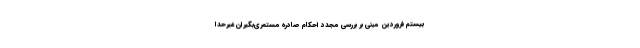
بیستم فروردین مبنی بر بررسی مجدد احکام صادره مستمری‌بگیران غیرحدا